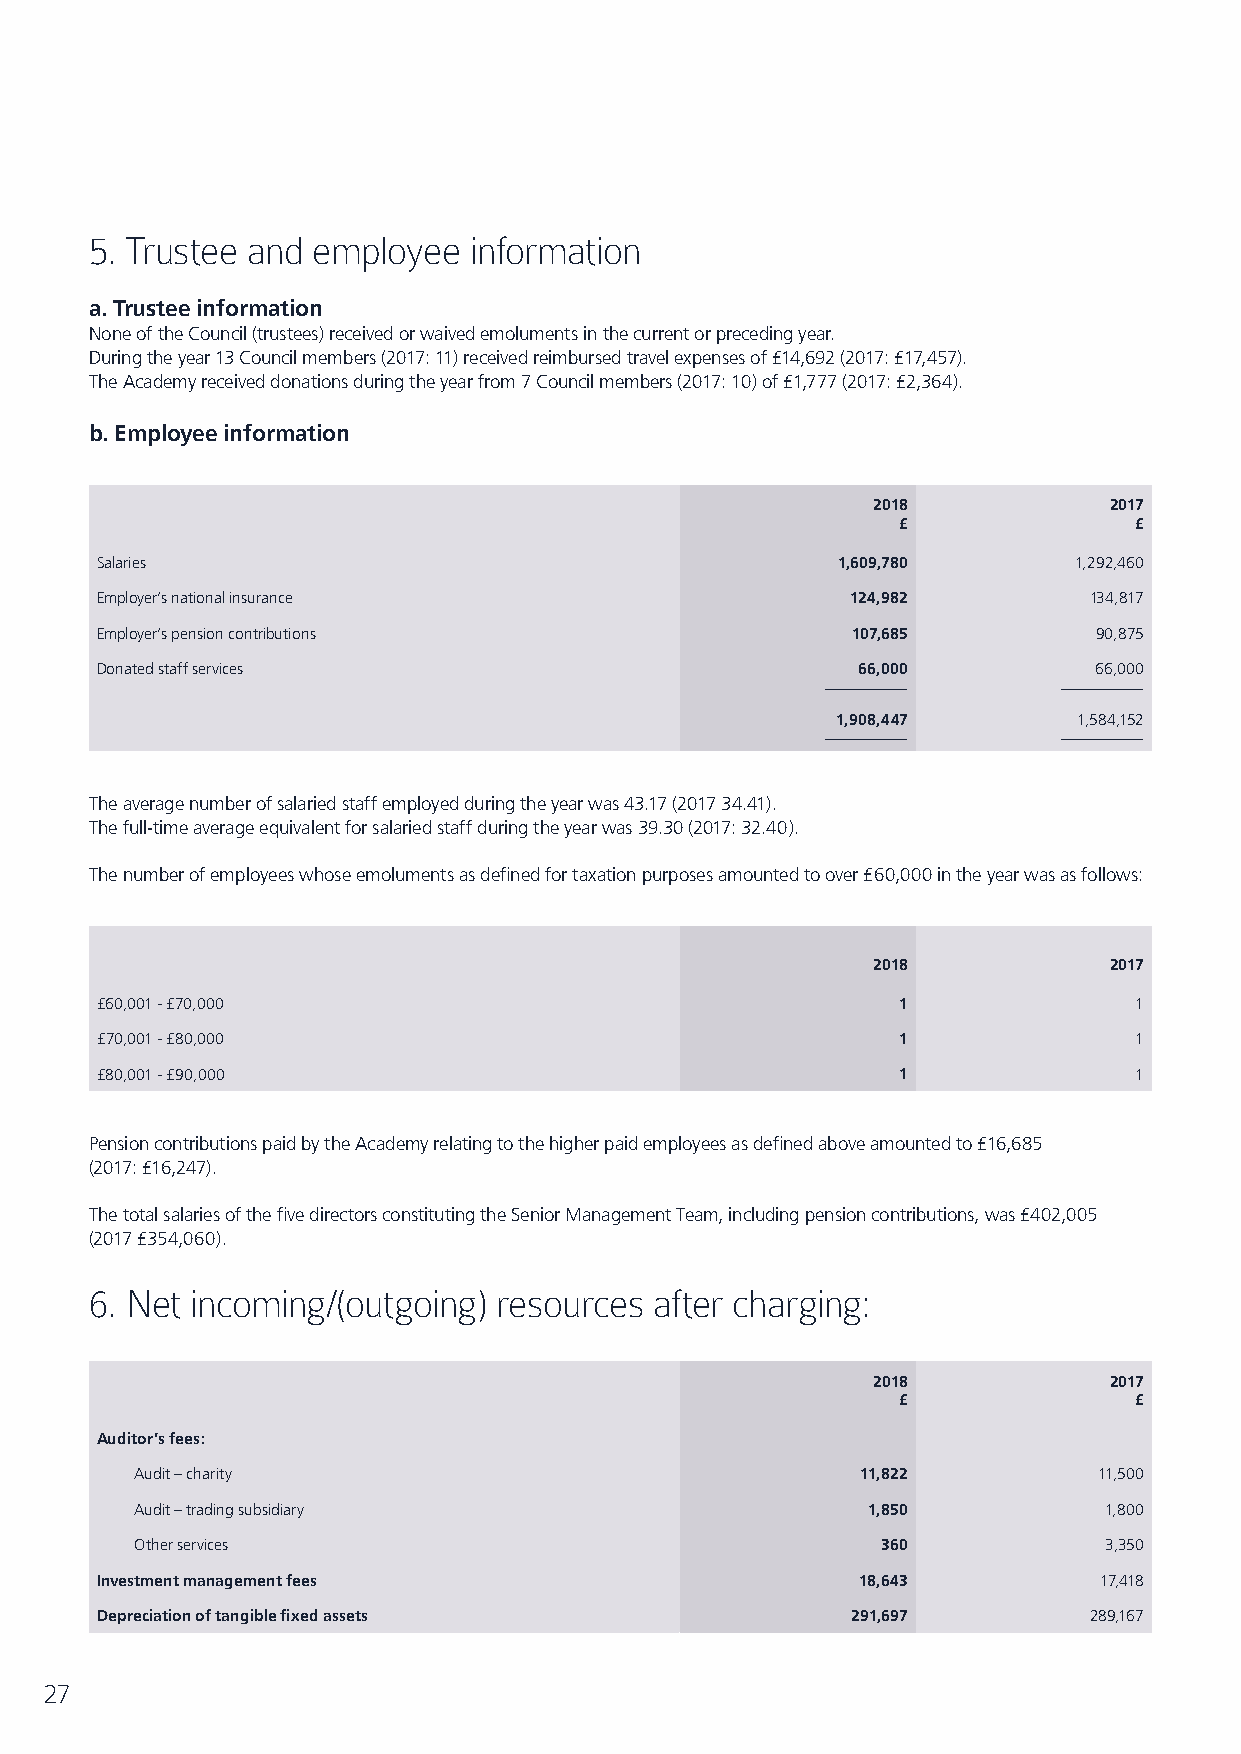
5. Trustee and employee  information
 a. Trustee information
 None of the Council (trustees) received or waived emoluments in the current or preceding year.
 During the year 13 Council members (2017: 11) received reimbursed travel expenses of £14,692 (2017: £17,457).
 The Academy received donations during the year from 7 Council members (2017: 10) of £1,777 (2017: £2,364).
 b. Employee information
 2018           2017
 £               £
 Salaries                                         1,609,780       1,292,460
 Employer’s national insurance                     124,982         134,817
 Employer’s pension contributions                  107,685          90,875
 Donated staff services                             66,000         66,000
 1,908,447       1,584,152
 The average number of salaried staff employed during the year was 43.17 (2017 34.41).
 The full-time average equivalent for salaried staff during the year was 39.30 (2017: 32.40).
 The number of employees whose emoluments as defined for taxation purposes amounted to over £60,000 in the year was as follows:
 2018           2017
 £60,001 - £70,000                                    1               1
 £70,001 - £80,000                                    1               1
 £80,001 - £90,000                                    1               1
 Pension contributions paid by the Academy relating to the higher paid employees as defined above amounted to £16,685
 (2017: £16,247).
 The total salaries of the five directors constituting the Senior Management Team, including pension contributions, was £402,005
 (2017 £354,060).
 6. Net incoming/(outgoing) resources after charging:
 2018           2017
 £               £
 Auditor’s fees:
 Audit – charity                                 11,822          11,500
 Audit – trading subsidiary                      1,850           1,800
 Other services                                   360            3,350
 Investment management fees                         18,643          17,418
 Depreciation of tangible fixed assets             291,697         289,167
 27